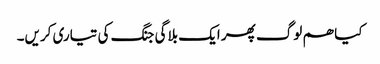
کیا ھم لوگ پھر ایک بلاگی جنگ کی تیاری کریں۔